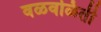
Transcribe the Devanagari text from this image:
वळवळिती